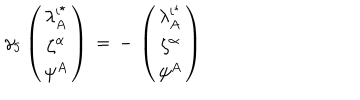
\gamma _ { 5 } \left( \begin{array} { c } { { \lambda _ { A } ^ { i ^ { \star } } } } \\ { { \zeta ^ { \alpha } } } \\ { { \psi ^ { A } } } \\ \end{array} \right) \, = \, - \, \left( \begin{array} { c } { { \lambda _ { A } ^ { i ^ { \star } } } } \\ { { \zeta ^ { \alpha } } } \\ { { \psi ^ { A } } } \\ \end{array} \right)